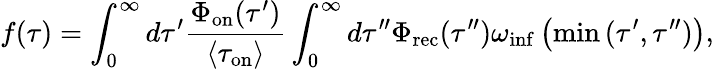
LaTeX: f(\tau)=\int_{0}^{\infty}d\tau^{\prime}\frac{\Phi_{\mathrm{on}}(\tau^{\prime})}{\langle\tau_{\mathrm{on}}\rangle}\int_{0}^{\infty}d\tau^{\prime\prime}\Phi_{\mathrm{rec}}(\tau^{\prime\prime})\omega_{\mathrm{inf}}\left(\operatorname*{min}{(\tau^{\prime},\tau^{\prime\prime})}\right),